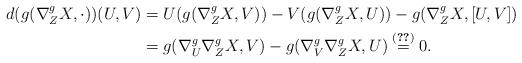
LaTeX: \begin{align*} \begin{aligned}d(g(\nabla^g_Z X, \cdot))(U,V) &= U(g(\nabla_Z^gX,V))-V(g(\nabla^g_ZX,U))-g(\nabla^g_ZX,[U,V]) \\&=g(\nabla_U^g\nabla^g_ZX,V)-g(\nabla_V^g\nabla^g_ZX,U) \stackrel{(\ref{syga})}{=} 0.\end{aligned}\end{align*}